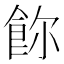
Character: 𩚸